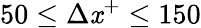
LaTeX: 50\le\Delta\mathit{x}^{+}\leq150